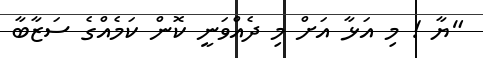
"ޔާ ! މި އަޅާ އަށް މި ދެއްވަނީ ކޮން ކަމެއްގެ ސަޒާބާ